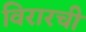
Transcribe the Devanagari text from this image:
विरारची